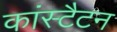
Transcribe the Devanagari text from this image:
कांस्टैटन